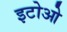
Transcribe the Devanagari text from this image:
इटोओ